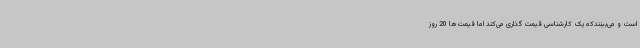
است و می‌بینندکه یک کارشناسی قیمت گذاری می‌کند اما قیمت‌ها 20 روز